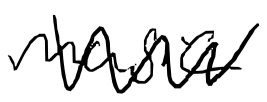
Text: music
Cross-out: mix
Writing tool: digital_black